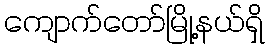
ကျောက်တော်မြို့နယ်ရှိ